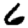
Digit: 6